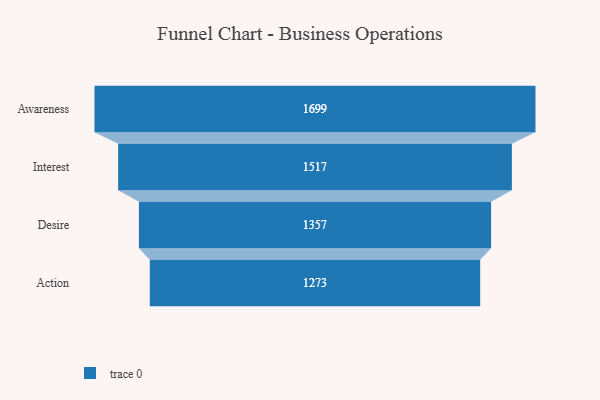
{"axis": {"x": "Stage", "y": "Value"}, "legend": [""], "data": [{"x": "Awareness", "y": 1699.0, "type": ""}, {"x": "Interest", "y": 1517.0, "type": ""}, {"x": "Desire", "y": 1357.0, "type": ""}, {"x": "Action", "y": 1273.0, "type": ""}]}